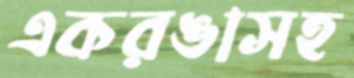
একরঙাসহ